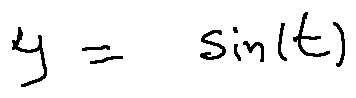
y = \sin ( t )